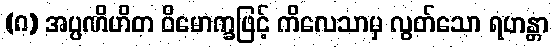
(ဂ) အပ္ပဏိဟိတ ဝိမောက္ခဖြင့် ကိလေသာမှ လွတ်သော ရဟန္တာ